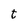
Character: t